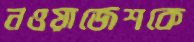
নওয়াজেশকে